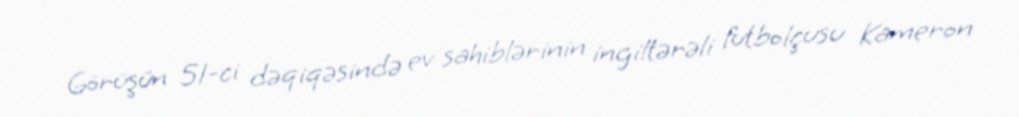
Görüşün 51-ci dəqiqəsində ev sahiblərinin ingiltərəli futbolçusu Kameron